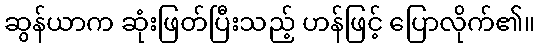
ဆွန်ယာက ဆုံးဖြတ်ပြီးသည့် ဟန်ဖြင့် ပြောလိုက်၏။